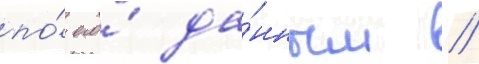
по́ его́ да́нным /